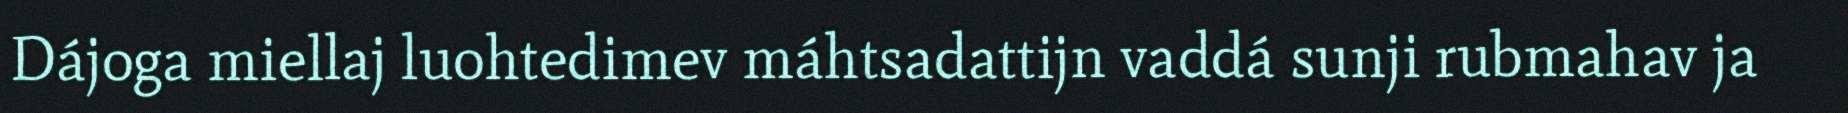
Dájoga miellaj luohtedimev máhtsadattijn vaddá sunji rubmahav ja